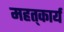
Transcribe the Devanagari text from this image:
महत्‌कार्य